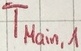
Text: TMain,1